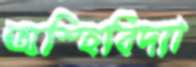
অস্হিবিদ্যা